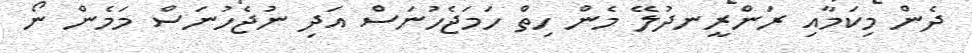
ދެން މިކަމާއި ރަންރީނދުލޭ މެން ހިތް ހަމަޖެހުނަސް އަދި ނުޖެހުނަސް މަމެން ނޯ